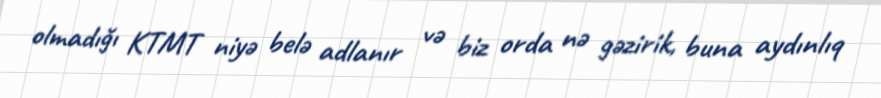
olmadığı KTMT niyə belə adlanır və biz orda nə gəzirik, buna aydınlıq